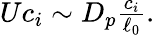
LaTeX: \begin{array}{r}{Uc_{i}\sim D_{p}\frac{c_{i}}{\ell_{0}}.}\end{array}